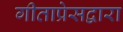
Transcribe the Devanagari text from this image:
गीताप्रेसद्वारा